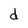
Character: d